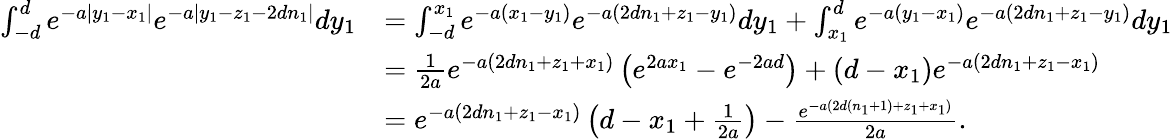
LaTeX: \begin{array}{rl}{\int_{-d}^{d}e^{-a|y_{1}-x_{1}|}e^{-a|y_{1}-z_{1}-2dn_{1}|}dy_{1}}&{=\int_{-d}^{x_{1}}e^{-a(x_{1}-y_{1})}e^{-a(2dn_{1}+z_{1}-y_{1})}dy_{1}+\int_{x_{1}}^{d}e^{-a(y_{1}-x_{1})}e^{-a(2dn_{1}+z_{1}-y_{1})}dy_{1}}\\ &{=\frac{1}{2a}e^{-a(2dn_{1}+z_{1}+x_{1})}\left(e^{2ax_{1}}-e^{-2ad}\right)+(d-x_{1})e^{-a(2dn_{1}+z_{1}-x_{1})}}\\ &{=e^{-a(2dn_{1}+z_{1}-x_{1})}\left(d-x_{1}+\frac{1}{2a}\right)-\frac{e^{-a(2d(n_{1}+1)+z_{1}+x_{1})}}{2a}.}\end{array}